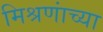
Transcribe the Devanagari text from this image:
मिश्रणांच्या